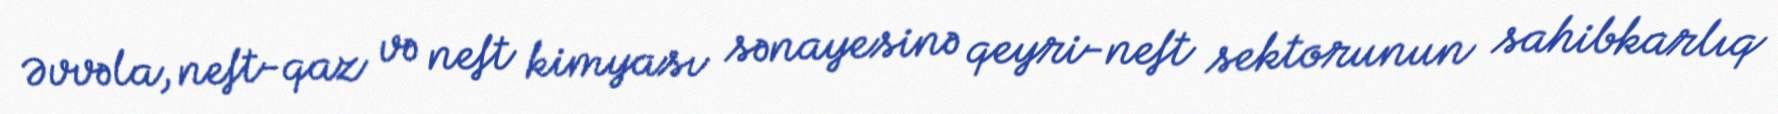
Əvvəla, neft-qaz və neft kimyası sənayesinə qeyri-neft sektorunun sahibkarlıq